Civil Veterinary Department. United Provinces 1912-22 - 1912-1922
Year: 1912
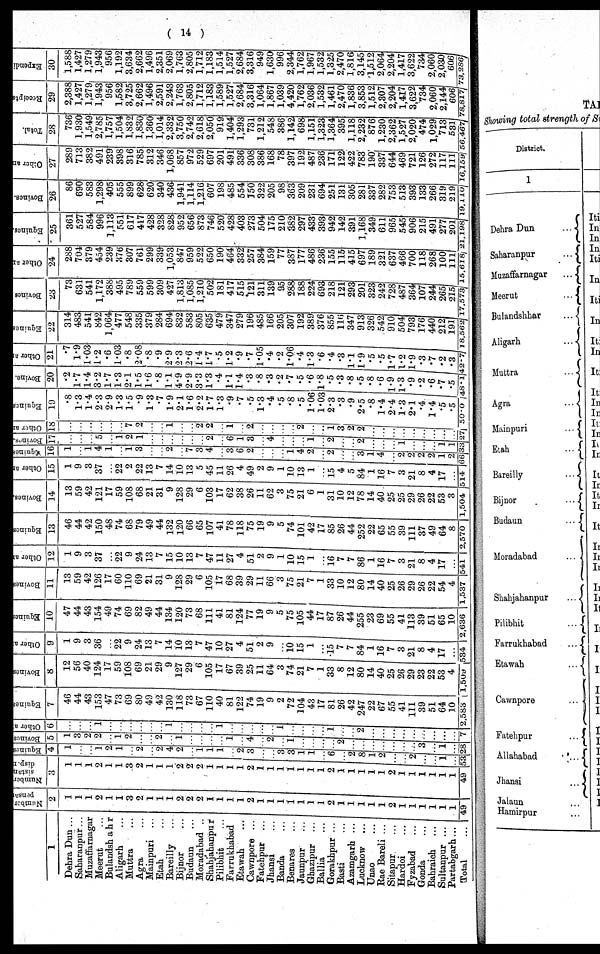
( 14 )
1
Dehra Dun ...
Saharanpur...
Muzaffarnagar
Meerut ...
Bulandshahr
Aligarh ...
Muttra ...
Agra ...
Mainpuri ...
Etah ...
Bareilly ...
Bijnor ...
Budaun ...
Moradabad ..
Shahjahanpur
Pilibhit ...
Farrukhabad ...
Etawah ...
Cawnpore ...
Fatehpur ...
Jhansi ...
Banda ...
Benares ...
Jaunpur ...
Ghazipur ...
Ballia ...
Gorakhpur ...
Basti ...
Azamgarh ...
Lucknow ...
Unao ...
Rae Bareli ...
Sitapur ...
Hardoi ...
Fyzabad ...
Gonda ...
Bahraich ...
Sultanpur ...
Partabgarh...
Total ...
Number
pensay
2
1
1
1
2
1
1
3
2
1
1
1
2
2
2
1
1
1
1
2
1
1
1
1
1
1
1
2 1
1
1
1
1
2
1
1
1
1
1
1
49
Nu mb e r
sistan
dispen
3
1
1
1
2
1
1
3
2
1
1
1
2
2
2
1
1
1
1
2
1
1
1
1
1
1
1
2
1
1
1
1
1
2
1
1
1
1
1
1
49
Equines
4
1
...
...
1
2
1
...
2
...
2
4
2
...
1
1
1
...
2
3
...
...
3
3
1
1
...
6
...
2
8
1
2
...
...
2
...
...
1
...
53
Bovi ne s
5
1
3
2
2
...
1
2
...
...
2
...
1
...
...
...
...
1
...
4
...
2
...
1
...
...
...
...
...
...
...
...
...
...
...
...
3
...
1
...
28
Other a
6
...
...
...
1
...
...
...
...
...
...
1
...
...
...
...
1
...
...
...
...
...
1
...
...
...
...
1
...
...
2
...
...
...
...
...
...
...
...
...
7
Equi nes
7
46
44
43
153
47
73
69
80
49
42
130
118
73
67
110
40
81
122
74
19
9
2
72
104
43
17
81
26
42
247
22
67
55
41
111
39
51
64
10
2,583
Bovines
8
12
56
40
124
17
59
108
69
21
29
9
127
29
6
105
17
67
39
25
11
64
3
74
21
7
1
33
8
12
80
14
40
25
26
29
23
22
53
4
1,509
Other a
9
1
9
3
36
...
22
9
24
13
7
14
10
13
7
47
10
27
4
51
2
9
...
10
15
1
...
15
7
7
84
1
16
7
3
21
8
4
17
...
534
Equines
10
47
44
43
154
49
74
69
82
49
44
134
120
73
68
111
41
81
124
77
19
9
5
75
105
44
17
87
26
44
255
23
69
55
41
113
39
51
65
10
2,636
Bovines
11
13
59
42
126
17
60
110
69
21
31
9
128
29
6
105
17
68
39
29
11
66
3
75
21
7
1
33
10
12
80
14
40
25
26
29
26
22
54
4
1,537
Other a
12
1
9
3
37
...
22
9
24
13
7
15
10
13
7
47
11
27
4
51
2
9
1
10
15
1
...
16
7
7
86
1
16
7
3
21
8
4
17
...
541
Equines
13
46
44
42
150
48
74
68
79
49
44
132
120
66
65
107
41
78
118
75
19
9
5
74
101
42
17
85
26
44
252
22
65
55
39
111
37
49
64
8
2,570
Bovines.
14
13
59
42
121
17
59
108
68
21
31
9
128
29
6
103
17
62
38
26
11
62
3
75
21
6
1
31
10
12
78
14
40
25
25
29
26
22
53
3
1,504
Other a
15
1
9
3
37
...
22
2
22
13
7
14
10
13
5
45
11
26
4
49
2
9
1
10
13
1
...
15
4
5
84
1
16
7
3
21
8
4
17
...
514
Equines
16
1
...
1
4
1
...
1
3
...
...
2
...
7
3
4
...
3
6
2
...
...
...
1
4
2
...
2
...
...
3
1
4
...
2
2
2
2
1
2
66
Bovines.
17
...
...
...
5
...
1
2
1
...
...
...
...
...
...
2
...
6
1
3
...
4
...
...
...
1
...
2
...
...
2
...
...
...
1
...
...
...
1
1
33
Ot her a
18
...
...
...
...
...
...
7
2
...
...
1
...
...
2
2
...
1
...
2
...
...
...
...
2
...
...
1
3
2
2
...
...
...
...
...
...
...
...
...
27
Equines
19
.8
1.3
1.4
2.3
2.9
1.3
1.5
.9
1.3
.7
1.9
2.1
1.6
2.2
1.7
1.3
.9
.7
.5
1.3
.4
.5
.8
.5
1.06
1.03
2.3
.3
.9
2.5
.8
1.4
2.4
1.3
2.1
.4
1.4
.5
.5
50.0
Bovine.
20
.2
1.7
1.4
3.2
1.7
1.3
2.1
1.5
1.6
.8
1.1
4.9
2.9
3.3
1.3
.4
1.1
1.4
.3
.8
.3
.2
.7
.5
.6
1.8
.5
.3
.8
.5
.8
.6
1.9
1.3
.9
.2
.6
.7
.5
48.1
Other a
21
.7
1.9
1.03
1.2
.6
1.03
.8
2.08
.8
.9
2.9
2.3
2.6
1.4
1.7
.5
1.2
.9
.7
1.05
.4
.2
1.06
.4
1.3
.6
.4
.3
1.1
1.9
.5
.5
1.7
1.2
1.9
.3
.7
.2
.3
42.7
Equines
22
314
483
541
842
1,064
477
548
335
379
284
694
832
583
805
635
479
347
279
196
485
166
205
307
192
389
376
855
116
347
913
326
542
910
504
793
176
440
212
191
18,562
Bovines
23
73
631
541
1,172
388
495
789
559
599
309
427
1,813
1,085
1,210
502
181
417
515
121
311
139
95
288
188
224
693
218
121
293
201
323
242
728
487
364
107
244
265
215
17,573
Other an
24
288
704
379
454
239
376
307
761
299
339
1,053
847
959
522
650
190
464
332
257
384
159
77
387
177
486
236
155
115
415
697
189
321
637
466
700
118
268
100
111
15,618
Equines.
25
361
527
584
996
1,113
551
617
417
428
328
828
952
656
873
746
520
428
403
273
504
175
210
382
297
433
393
942
142
391
1,168
349
611
965
545
906
215
491
277
201
21,198
Bovines.
26
86
690
583
1,298
405
555
899
628
620
340
436
1,941
1,114
1,216
607
198
485
554
150
322
205
98
363
209
231
694
251
131
305
281
337
282
753
513
393
133
266
319
219
19,110
Other an
27
289
713
382
491
239
398
316
785
312
346
1,068
857
972
529
697
201
491
336
308
386
168
78
397
192
487
236
171
122
422
783
190
337
644
469
721
126
272
117
111
16,159
Total.
28
736
1,930
1,549
2,785
1,757
1,504
1,832
1,830
1,360
1,014
2,332
3,750
2,742
2,618
2,050
919
1,404
1,293
731
1,212
548
386
1,142
698
1,151
1,323
1,364
395
1,118
2,232
876
1,230
2,362
1,527
2,020
474
1,029
713
531
56,467
Receipts
29
2,388
1,427
1,279
1,943
956
1,582
3,725
2,662
1,496
2,591
2,243
1,763
2,805
1,712
1,183
1,589
1,527
2,684
3,316
1,064
1,867
1,039
4,420
1,762
2,036
1,532
1,461
2,470
1,836
3,853
1,512
2,307
2,204
1,417
3,622
734
2,060
2,144
606
78,817
Expendi
30
1,588
1,427
1,279
1,943
956
1,192
3,634
2,662
1,496
2,351
2,069
1,763
2,805
1,712
1,183
1,514
1,527
2,684
3,316
949
1,630
996
2,344
1,762
1,967
1,532
1,325
2,470
1,816
3,145
1,512
2,064
2,204
1,417
3,622
734
2,060
2,030
606
73,286